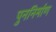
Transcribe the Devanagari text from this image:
पुननिर्माण